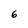
Character: 6